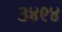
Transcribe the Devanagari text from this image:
३४९४